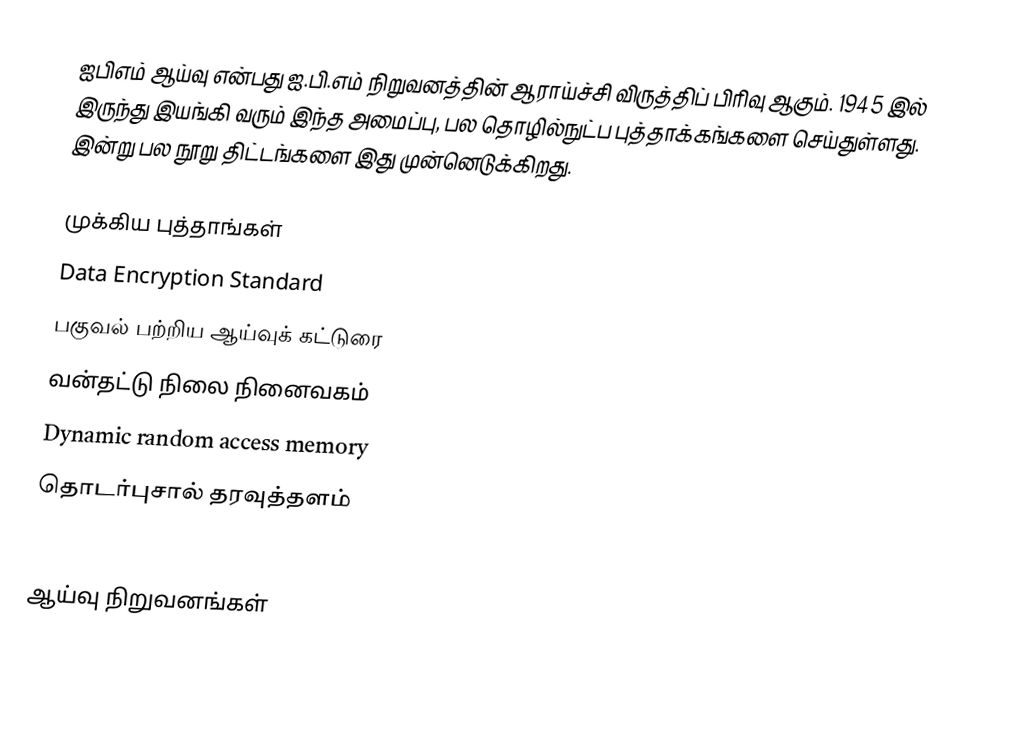
ஐபிஎம் ஆய்வு என்பது ஐ.பி.எம் நிறுவனத்தின் ஆராய்ச்சி விருத்திப் பிரிவு ஆகும்.  1945 இல் இருந்து இயங்கி வரும் இந்த அமைப்பு, பல தொழில்நுட்ப புத்தாக்கங்களை செய்துள்ளது.  இன்று பல நூறு திட்டங்களை இது முன்னெடுக்கிறது.

முக்கிய புத்தாங்கள்
 Data Encryption Standard
 பகுவல் பற்றிய ஆய்வுக் கட்டுரை
 வன்தட்டு நிலை நினைவகம்
 Dynamic random access memory
 தொடர்புசால் தரவுத்தளம்
 Deep Blue (chess computer)

ஆய்வு நிறுவனங்கள்